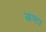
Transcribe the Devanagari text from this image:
कणप